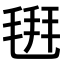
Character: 𣮚